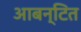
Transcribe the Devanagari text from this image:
आबन्टित